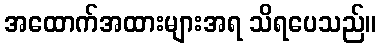
အထောက်အထားများအရ သိရပေသည်။